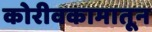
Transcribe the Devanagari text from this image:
कोरीवकामातून